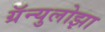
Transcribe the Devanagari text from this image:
ग्रॅन्युलोझा